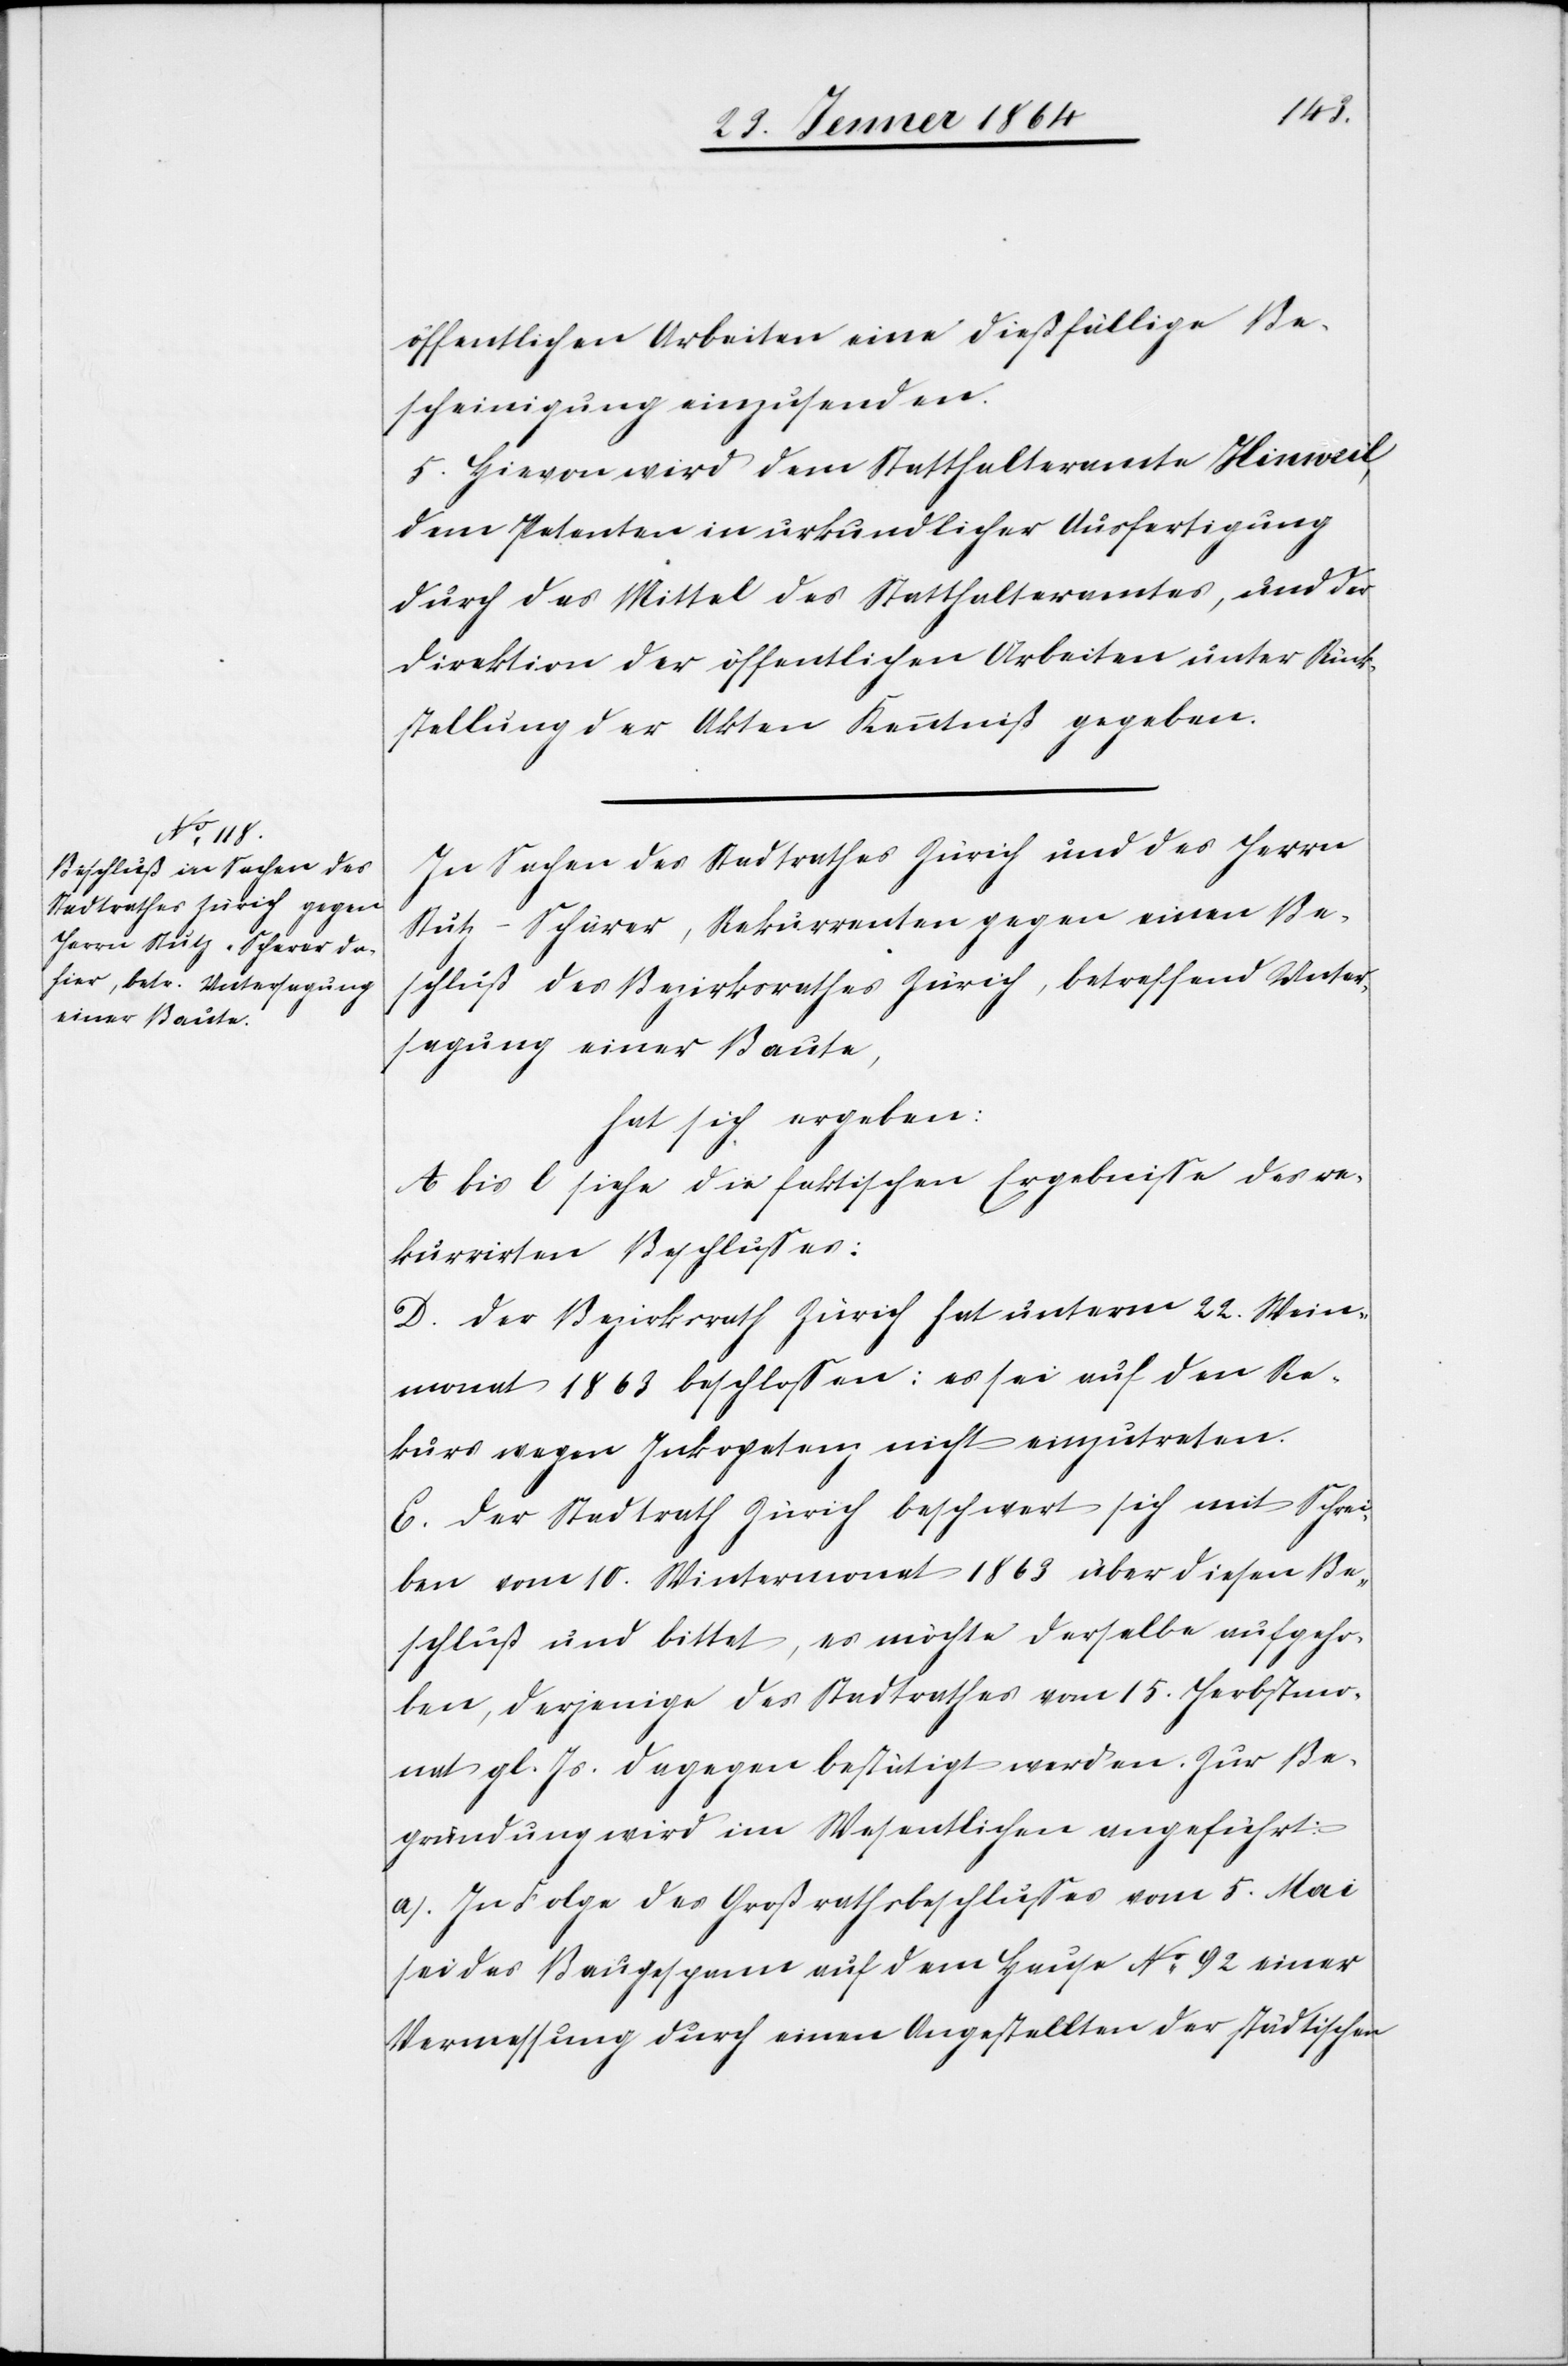
öffentlichen Arbeiten eine dießfällige Be¬
scheinigung einzusenden.
5. Hievon wird dem Statthalteramte Hinweil,
dem Petenten in urkundlicher Ausfertigung
durch das Mittel des Statthalteramtes, und der
Direktion der öffentlichen Arbeiten unter Rück¬
stellung der Akten Kenntniß gegeben.
In Sachen des Stadtrathes Zürich und des Herrn
Stutz-Schärer [sic!], Rekurrenten gegen einen Be¬
schluß des Bezirksrathes Zürich, betreffend Unter¬
sagung einer Baute,
hat sich ergeben:
A bis C. siehe die faktischen Ergebnisse des re¬
kurrirten Beschlusses:
D. Der Bezirksrath Zürich hat unterm 22. Wein¬
monat 1863 beschlossen: es sei auf den Re¬
kurs wegen Inkopetenz nicht einzutreten.
E. Der Stadtrath Zürich beschwert sich mit Schrei¬
ben vom 10. Wintermonat 1863 über diesen Be¬
schluß und bittet, es möchte derselbe aufgeho¬
ben, derjenige des Stadtrathes vom 15. Herbstmo¬
nat gl. Js. dagegen bestätigt werden. Zur Be¬
gründung wird im Wesentlichen angeführt:
a.) In Folge des Großrathsbeschlusses vom 5. Mai
sei das Baugespann auf dem Hause No 92 einer
Vermessung durch einen Angestellten der städtischen